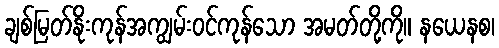
ချစ်မြတ်နိုးကုန်အကျွမ်းဝင်ကုန်သော အမတ်တို့ကို။ နယေနစ၊